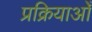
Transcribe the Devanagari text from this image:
प्रक्रियाओँ